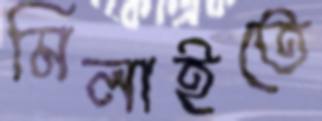
মিলাইতে